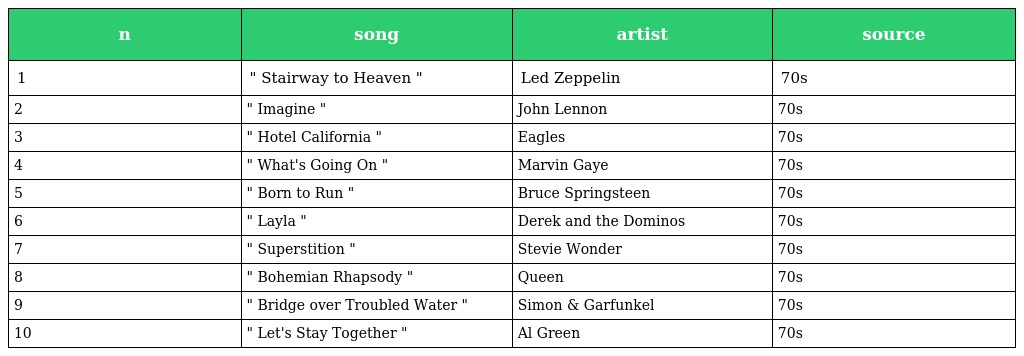
| n | song | artist | source |
 | --- | --- | --- | --- |
 | 1 | " Stairway to Heaven " | Led Zeppelin | 70s |
 | 2 | " Imagine " | John Lennon | 70s |
 | 3 | " Hotel California " | Eagles | 70s |
 | 4 | " What's Going On " | Marvin Gaye | 70s |
 | 5 | " Born to Run " | Bruce Springsteen | 70s |
 | 6 | " Layla " | Derek and the Dominos | 70s |
 | 7 | " Superstition " | Stevie Wonder | 70s |
 | 8 | " Bohemian Rhapsody " | Queen | 70s |
 | 9 | " Bridge over Troubled Water " | Simon & Garfunkel | 70s |
 | 10 | " Let's Stay Together " | Al Green | 70s |